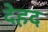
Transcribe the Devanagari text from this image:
देहद